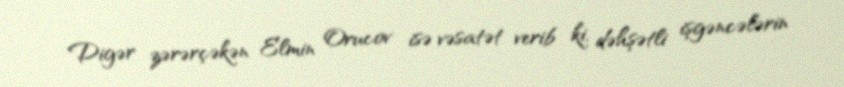
Digər zərərçəkən Elmin Orucov isə vəsatət verib ki, dəhşətli işgəncələrin